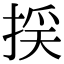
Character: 𢯉